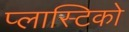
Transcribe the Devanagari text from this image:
प्लास्टिको